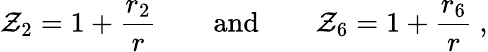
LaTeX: \mathcal{Z}_{2}=1+\frac{{r_{2}}}{{r}}\qquad\mathrm{{and}}\qquad\mathcal{Z}_{6}=1+\frac{{r_{6}}}{{r}}\ ,